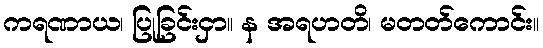
ကရဏာယ၊ ပြုခြင်းငှာ။ န အရဟတိ၊ မတတ်ကောင်း။